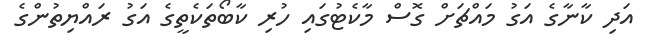
އަދި ކާނާގެ އަގު މައްޗަށް ގޮސް މާކެޓުގައި ހުރި ކާބޯތަކެތީގެ އަގު ރައްޔިތުންގެ